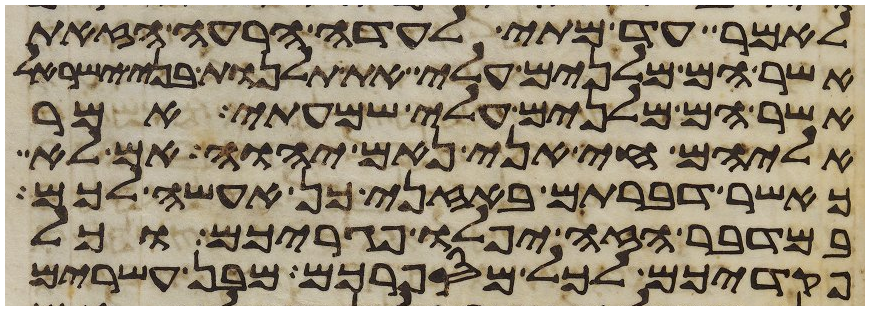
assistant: לאמר עד מתי לעדה הרעה הזאת
אשר הם מלנים עלי את תלנות בני ישראל
אשר הם מלנים עלי שמעתי אמר
אליהם חי אני נאם יהוה אם לא
כאשר דברתם באזני כן אעשה לכם
במדבר הזה יפלו פגריכם וכל
פקדיכם לכל מספרכם מבן עשרים